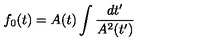
f _ { 0 } ( t ) = A ( t ) \int { \frac { d t ^ { \prime } } { A ^ { 2 } ( t ^ { \prime } ) } }